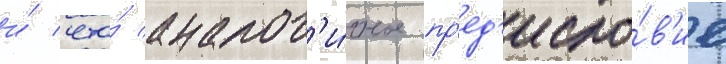
и́ что́ аналог'и́чное пр'ед'исло́в'ие